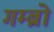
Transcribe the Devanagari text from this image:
गम्ब्रो